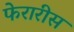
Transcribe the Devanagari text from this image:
फेरारीस